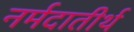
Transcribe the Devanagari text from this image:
नर्मदातीर्थ